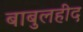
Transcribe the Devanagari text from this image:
बाबुलहीद